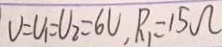
U = U _ { 1 } = U _ { 2 } = 6 V , R _ { 1 } = 1 5 \Omega